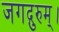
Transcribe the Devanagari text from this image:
जगद्गुरुम्।